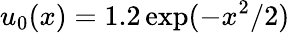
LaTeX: u_{0}(x)=1.2\exp(-x^{2}/2)